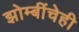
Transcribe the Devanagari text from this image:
झोम्बींचेही